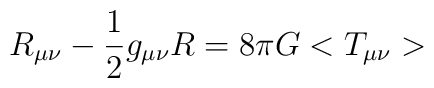
R_{\mu\nu}-\frac{1}{2}g_{\mu\nu}R= 8{\pi}G<T_{\mu\nu}>